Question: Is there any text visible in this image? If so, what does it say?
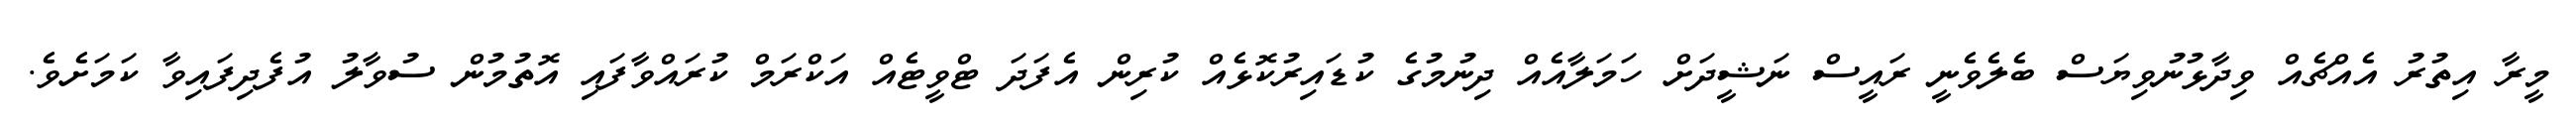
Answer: މީރާ އިތުރު އެއްޗެއް ވިދާޅުނުވިޔަސް ބެލެވެނީ ރައީސް ނަޝީދަށް ހަމަލާއެއް ދިނުމުގެ ކުޑައިރުކޮޅެއް ކުރިން އެފަދަ ޓްވީޓެއް އަކްރަމް ކުރައްވާފައި އޮތުމުން ސުވާލު އުފެދިފައިވާ ކަމަށެވެ.